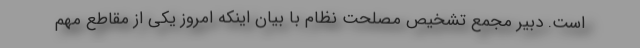
است. دبیر مجمع تشخیص مصلحت نظام با بیان اینکه امروز یکی از مقاطع مهم